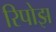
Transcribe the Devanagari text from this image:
रिपोझ